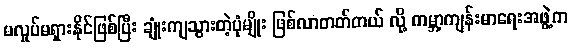
မလှုပ်မရှားနိုင်ဖြစ်ပြီး ချုံးကျသွားတဲ့ပုံမျိုး ဖြစ်လာတတ်တယ် လို့ ကမ္ဘာ့ကျန်းမာရေးအဖွဲ့က